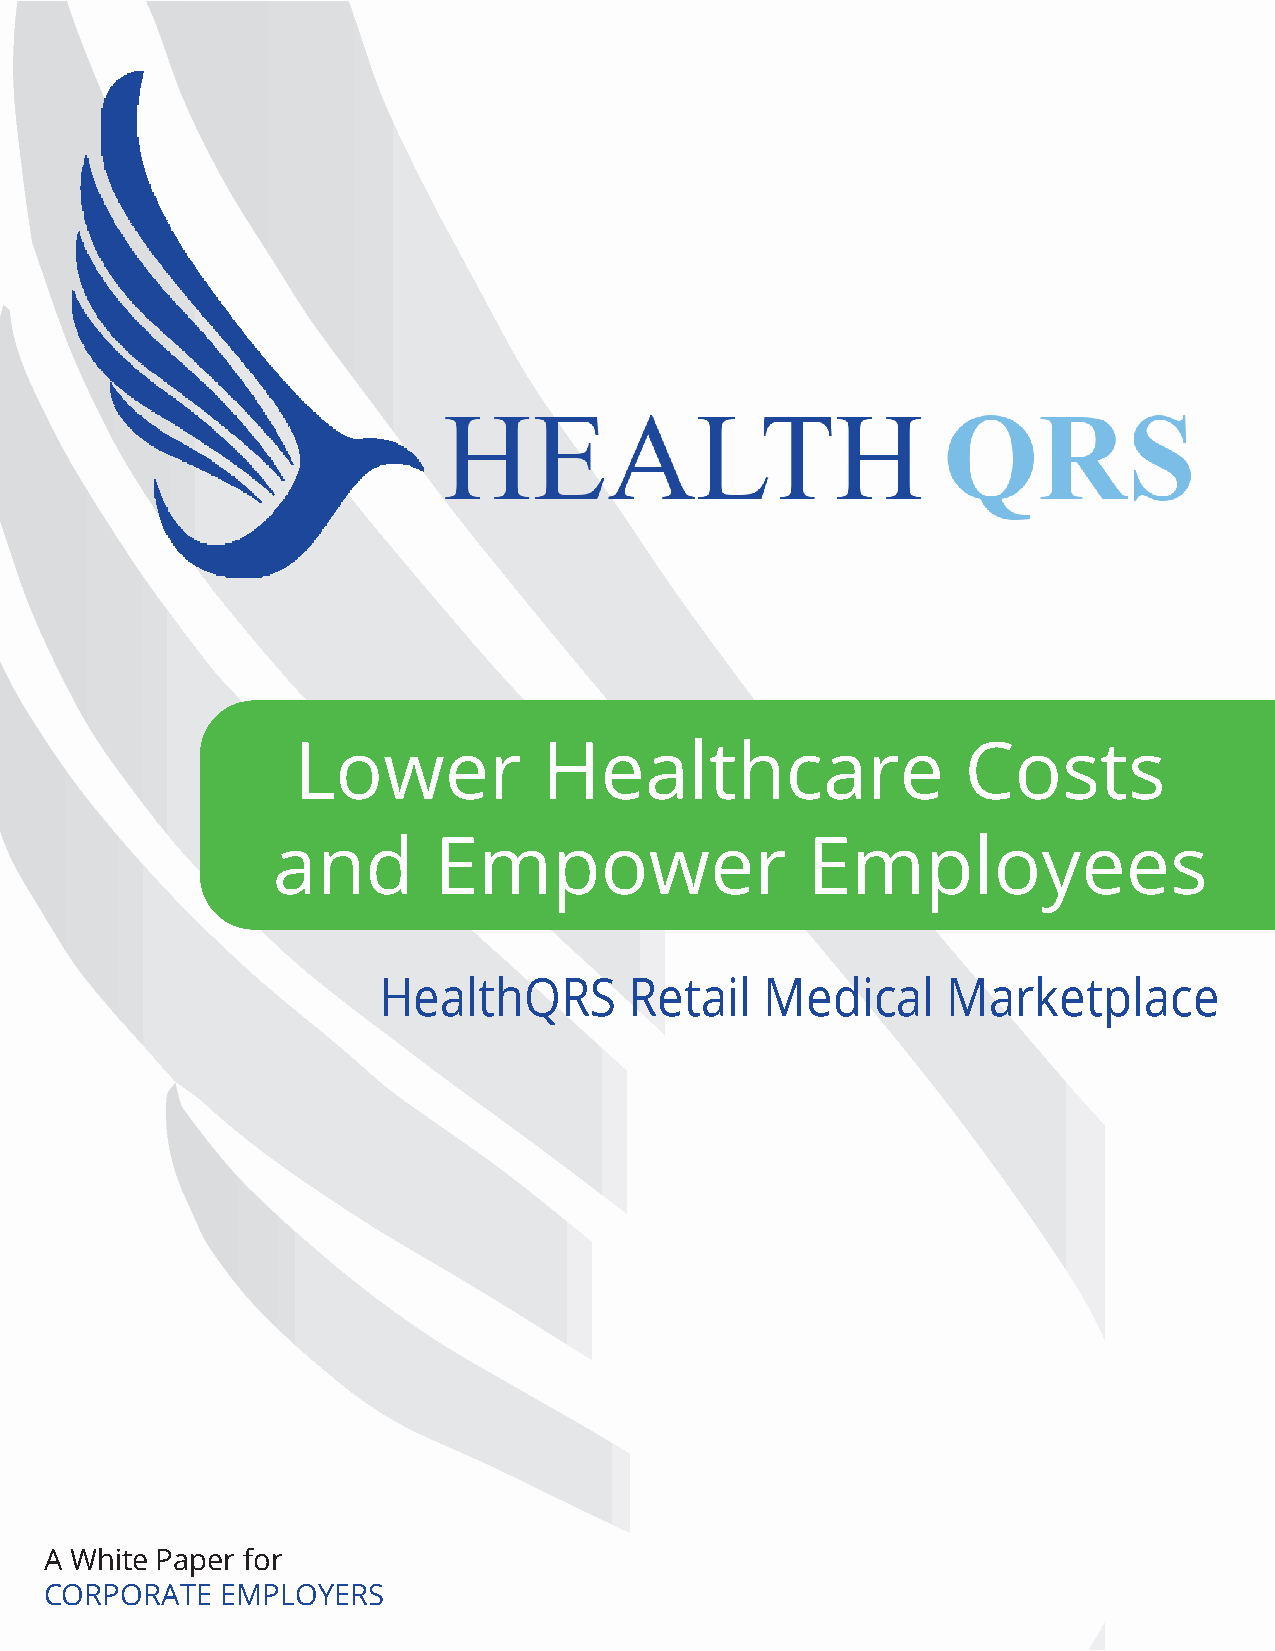
Lower            Healthcare                  Costs
 and        Empower                 Employees
 HealthQRS        Retail   Medical     Marketplace
 A White Paper for
 CORPORATE   EMPLOYERS